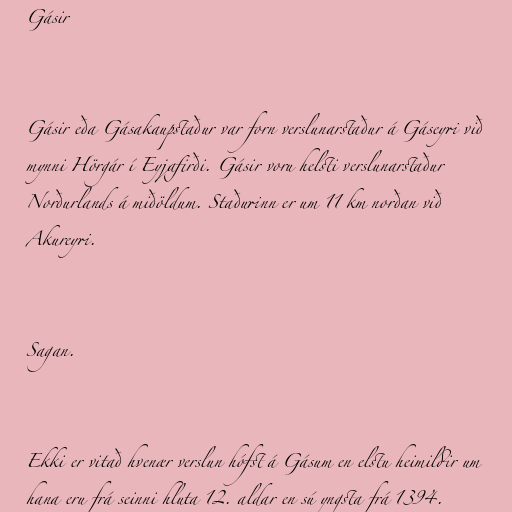
Gásir

Gásir eða Gásakaupstaður var forn verslunarstaður á Gáseyri við
mynni Hörgár í Eyjafirði. Gásir voru helsti verslunarstaður
Norðurlands á miðöldum. Staðurinn er um 11 km norðan við
Akureyri.

Sagan.

Ekki er vitað hvenær verslun hófst á Gásum en elstu heimildir um
hana eru frá seinni hluta 12. aldar en sú yngsta frá 1394.